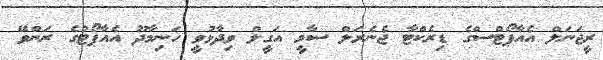
ރީޖަނަލް އެއާޕޯޓްސްގެ ޑިރެކްޓާ ޖެނެރަލް ސާމީ އަގީލް ވިދާޅުވީ ހަނިމާދޫ އެއާޕޯޓުގެ ރަންވޭ